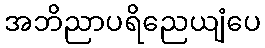
အဘိညာပရိညေယျံပေ